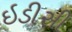
ઇડીસી